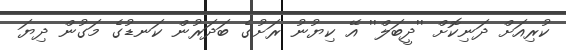
ކުރިއަށް ދަނިކޮށް ''ދީބަލް'' އޭ ކިޔުނު ރަށުގެ ބަދަރުން ކަނޑުގެ މަގުން ދިޔަ